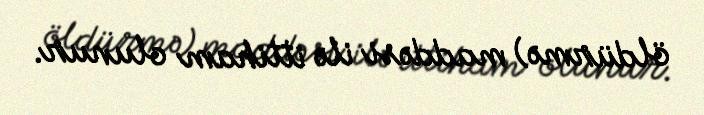
öldürmə) maddəsi ilə ittiham olunur.